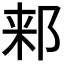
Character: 𬩾